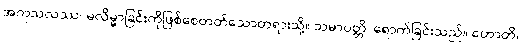
အကုသလဿ၊ မလိမ္မာခြင်းကိုဖြစ်စေတတ်သောတရားသို့။ သမာပတ္တိ၊ ရောက်ခြင်းသည်။ ဟောတိ၊